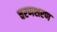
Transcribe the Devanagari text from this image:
चरणशरण